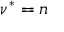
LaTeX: \nu ^ { * } = n